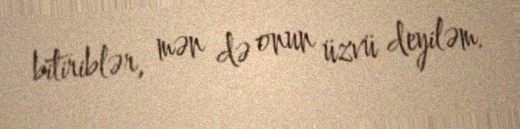
bitiriblər, mən də onun üzvü deyiləm.